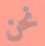
نحن